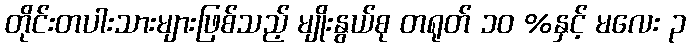
တိုင်းတပါးသားများဖြစ်သည့် မျိုးနွယ်စု တရုတ် ၁၀ %နှင့် မလေး ၃